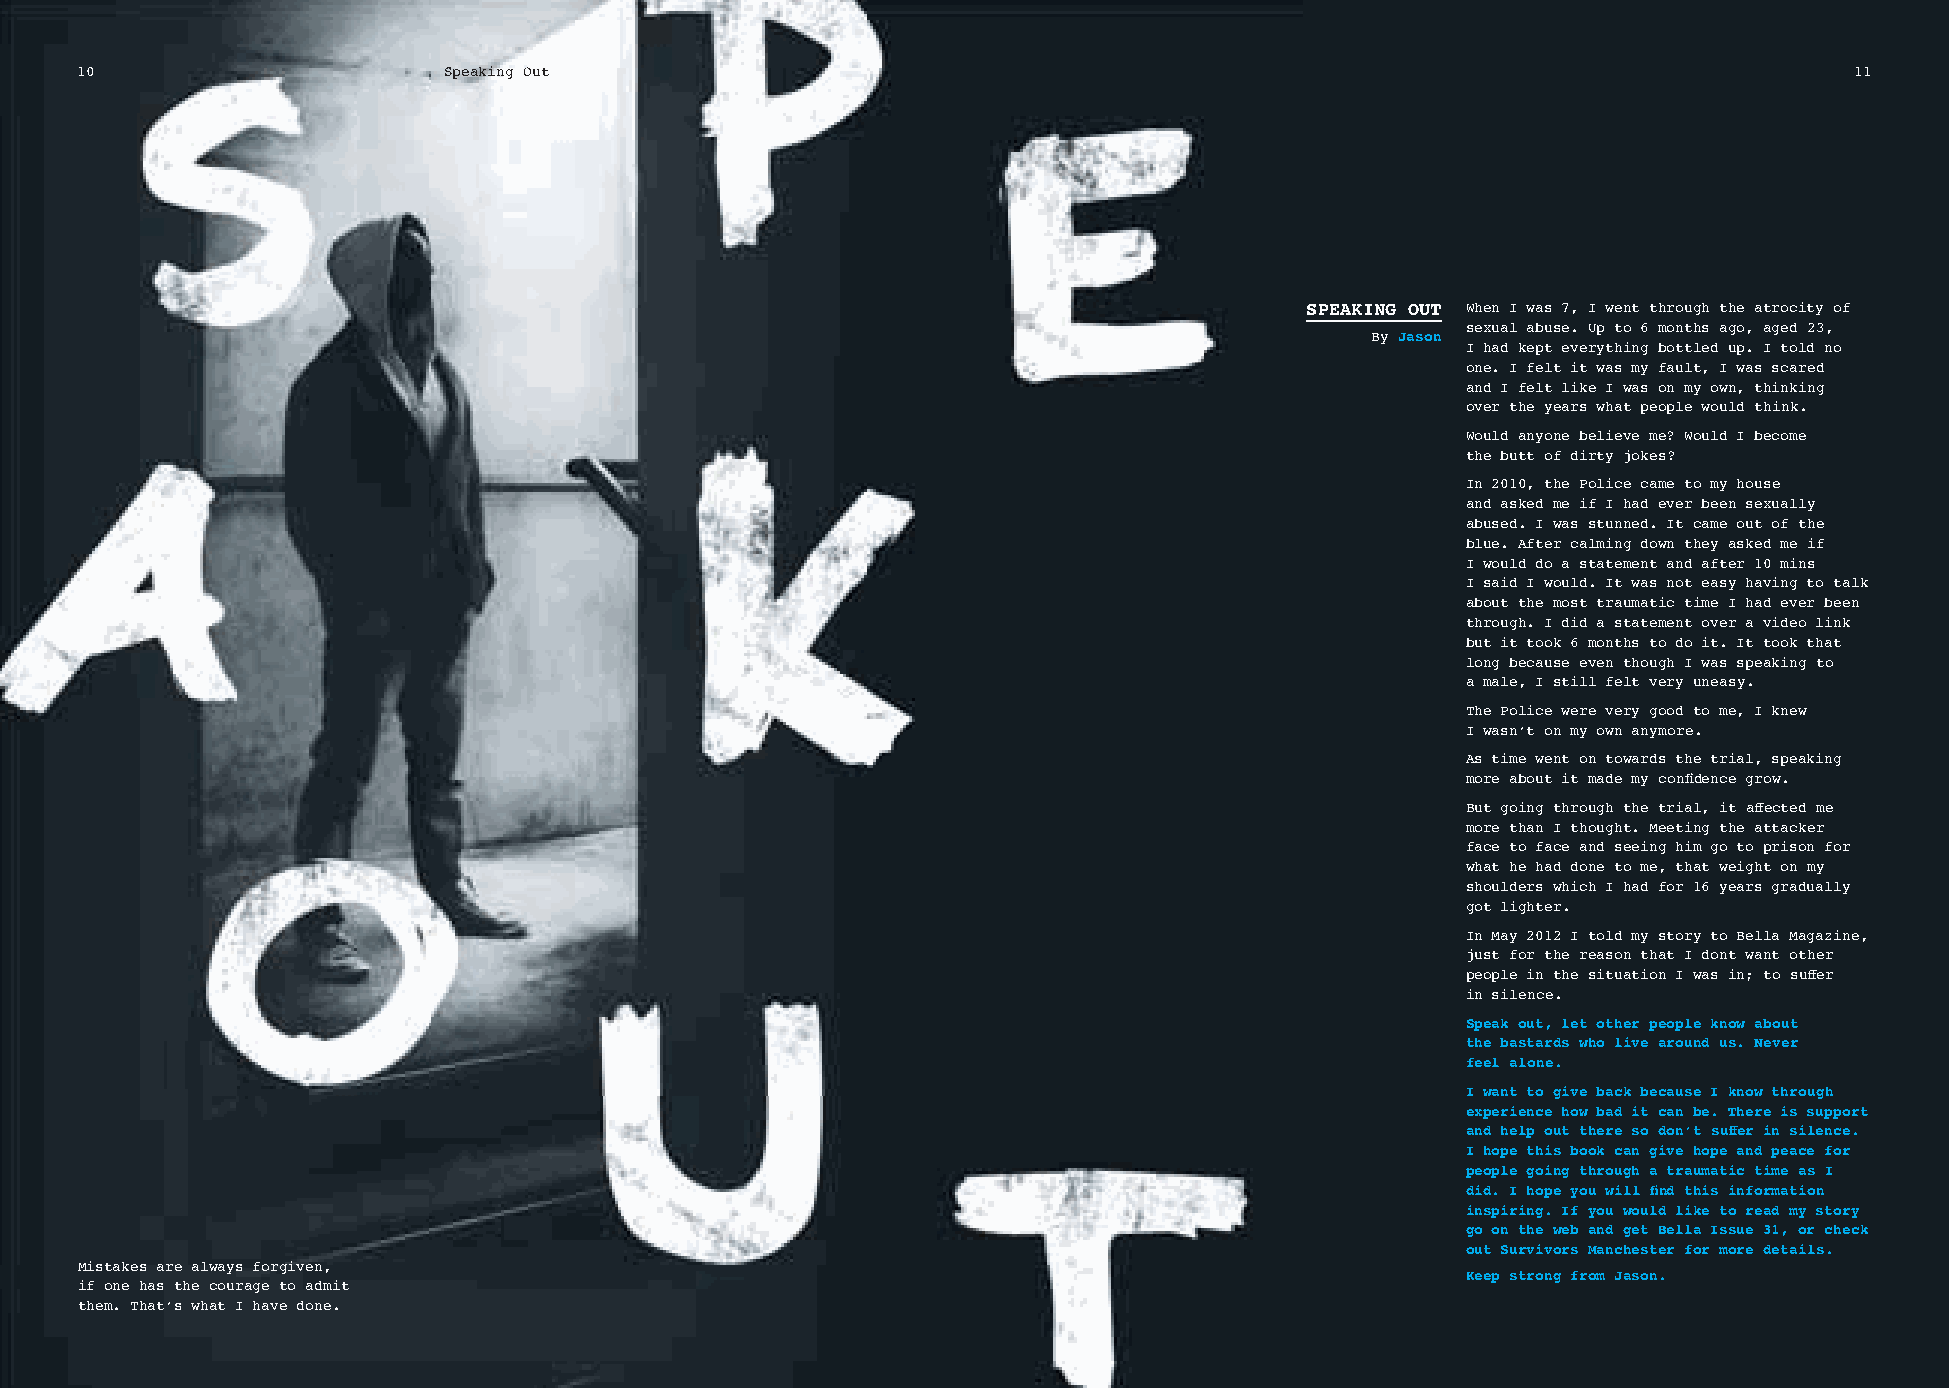
10                      Speaking Out                                                                                  11
 SPEAKING OUT When I was 7, I went through the atrocity of
 sexual abuse. Up to 6 months ago, aged 23,
 By Jason
 I had kept everything bottled up. I told no
 one. I felt it was my fault, I was scared
 and I felt like I was on my own, thinking
 over the years what people would think.
 Would anyone believe me? Would I become
 the butt of dirty jokes?
 In 2010, the Police came to my house
 and asked me if I had ever been sexually
 abused. I was stunned. It came out of the
 blue. After calming down they asked me if
 I would do a statement and after 10 mins
 I said I would. It was not easy having to talk
 about the most traumatic time I had ever been
 through. I did a statement over a video link
 but it took 6 months to do it. It took that
 long because even though I was speaking to
 a male, I still felt very uneasy.
 The Police were very good to me, I knew
 I wasn’t on my own anymore.
 As time went on towards the trial, speaking
 more about it made my confi dence grow.
 But going through the trial, it aff ected me
 more than I thought. Meeting the attacker
 face to face and seeing him go to prison for
 what he had done to me, that weight on my
 shoulders which I had for 16 years gradually
 got lighter.
 In May 2012 I told my story to Bella Magazine,
 just for the reason that I dont want other
 people in the situation I was in; to suff er
 in silence.
 Speak out, let other people know about
 the bastards who live around us. Never
 feel alone.
 I want to give back because I know through
 experience how bad it can be. There is support
 and help out there so don’t suff er in silence.
 I hope this book can give hope and peace for
 people going through a traumatic time as I
 did. I hope you will fi nd this information
 inspiring. If you would like to read my story
 go on the web and get Bella Issue 31, or check
 out Survivors Manchester for more details.
 Mistakes are always forgiven,
 Keep strong from Jason.
 if one has the courage to admit
 them. That’s what I have done.